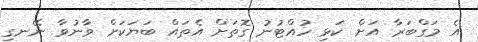
އެ މަގްބަރާ އަށް ކަޅި ހުއްޓުނު ގޮތަށް އެތައް ބަޔަކަށް ވާނުވާ ނޭނގި